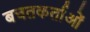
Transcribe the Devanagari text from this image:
बचतकर्ताओं